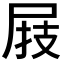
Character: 𰍸